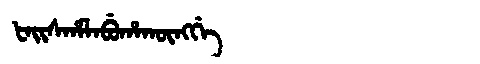
Manchu: ᡶᠠᡳᠰᡥᠠᠯᠠᠪᡠᡥᠠᡴᡡᠩᡤᡝ
Romanization: FAISHALABUHAKŪNGGE